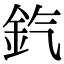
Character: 𨥊